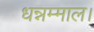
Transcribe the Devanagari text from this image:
धन्नम्माल।